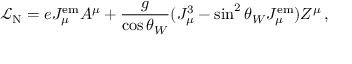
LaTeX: { \mathcal { L } } _ { \mathrm { N } } = e J _ { \mu } ^ { \mathrm { e m } } A ^ { \mu } + { \frac { g } { \cos \theta _ { W } } } ( J _ { \mu } ^ { 3 } - \sin ^ { 2 } \theta _ { W } J _ { \mu } ^ { \mathrm { e m } } ) Z ^ { \mu } \, ,